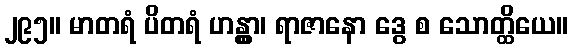
၂၉၅။ မာတရံ ပိတရံ ဟန္တွာ၊ ရာဇာနော ဒွေ စ သောတ္ထိယေ။